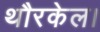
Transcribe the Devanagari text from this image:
थौरकेल।